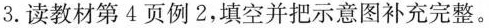
3.读教材第4页例2，填空并把示意图补充完整。